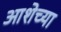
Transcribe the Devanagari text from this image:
आशेच्या